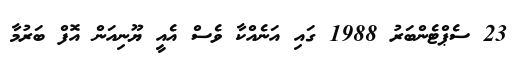
23 ސެޕްޓެންބަރު 1988 ގައި އަނެއްކާ ވެސް އެއީ ޔޫނިއަން އޮފް ބަރުމާ